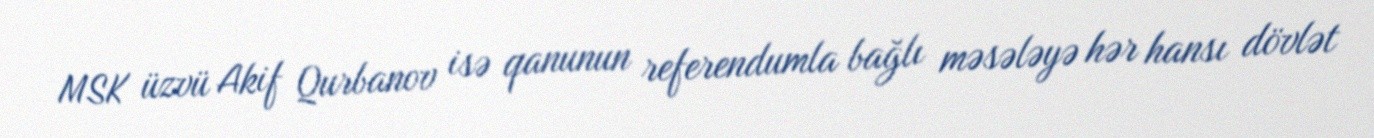
MSK üzvü Akif Qurbanov isə qanunun referendumla bağlı məsələyə hər hansı dövlət